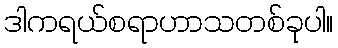
ဒါကရယ်စရာဟာသတစ်ခုပါ။